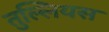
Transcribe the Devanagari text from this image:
तुल्लियस